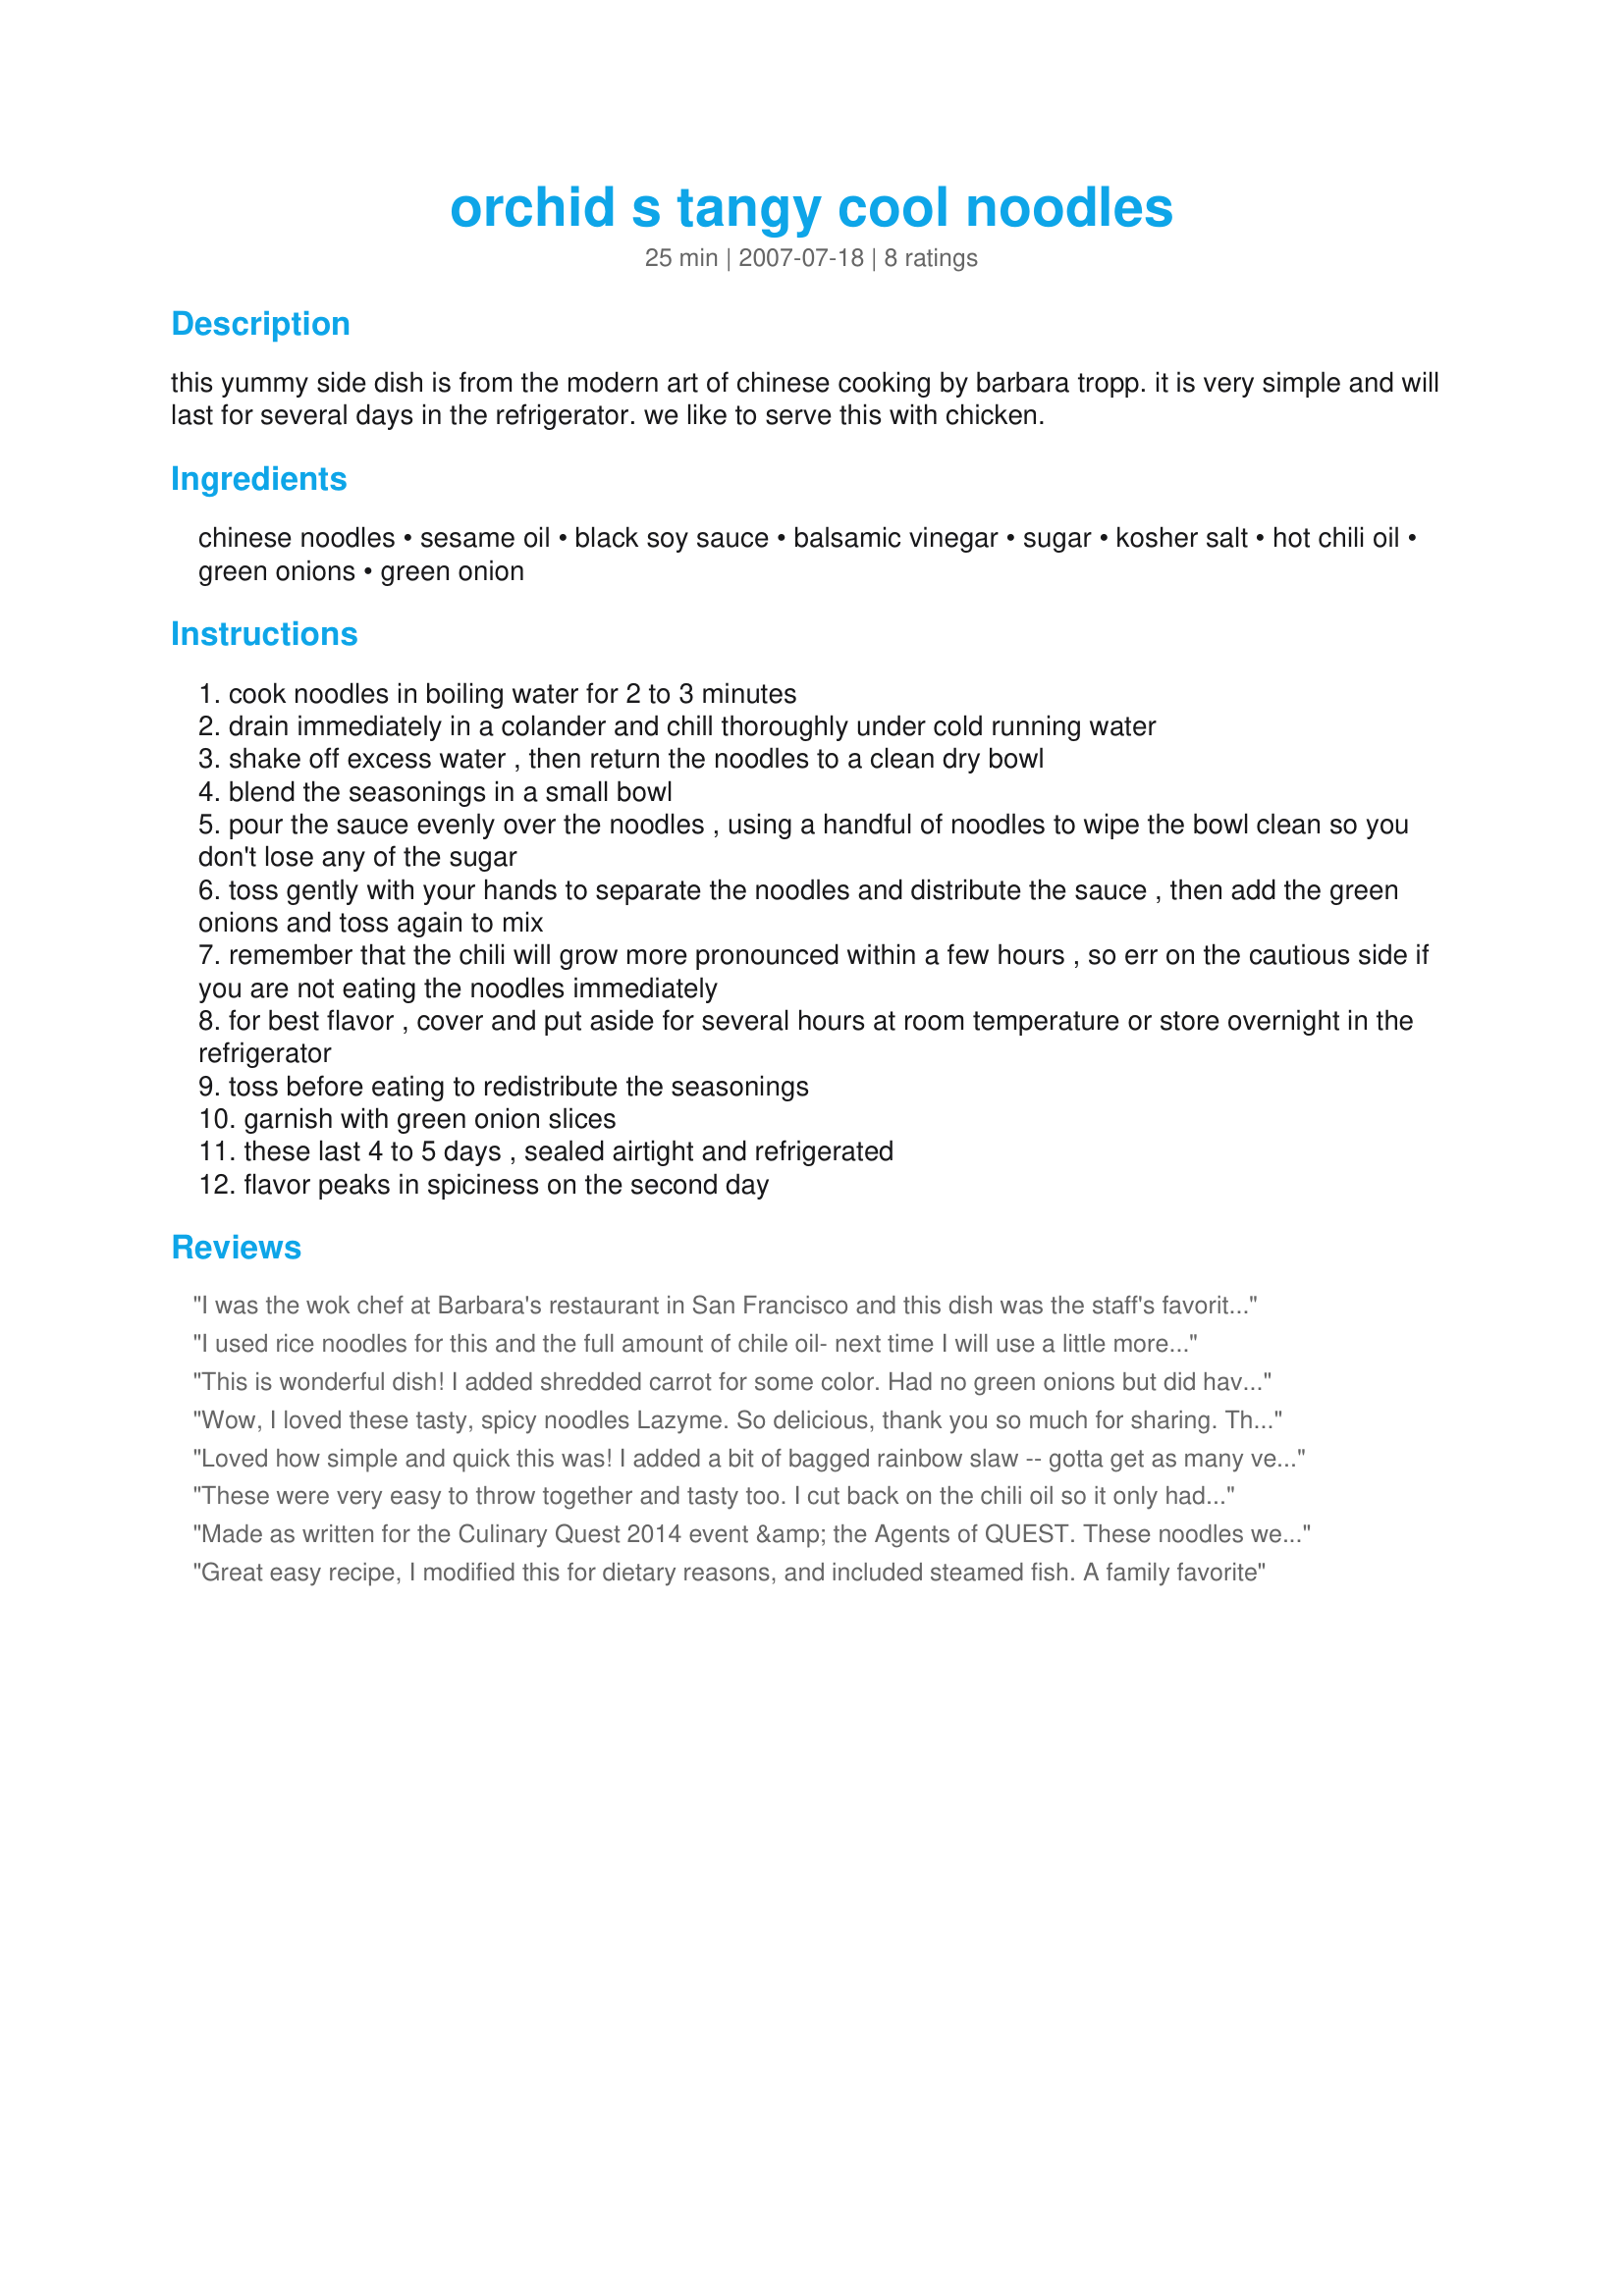
orchid s tangy cool noodles
Preparation time: 25 minutes

this yummy side dish is from the modern art of chinese cooking by barbara tropp. it is very simple and will last for several days in the refrigerator. we like to serve this with chicken.

Ingredients:
chinese noodles, sesame oil, black soy sauce, balsamic vinegar, sugar, kosher salt, hot chili oil, green onions, green onion

Steps:
cook noodles in boiling water for 2 to 3 minutes
drain immediately in a colander and chill thoroughly under cold running water
shake off excess water , then return the noodles to a clean dry bowl
blend the seasonings in a small bowl
pour the sauce evenly over the noodles , using a handful of noodles to wipe the bowl clean so you don't lose any of the sugar
toss gently with your hands to separate the noodles and distribute the sauce , then add the green onions and toss again to mix
remember that the chili will grow more pronounced within a few hours , so err on the cautious side if you are not eating the noodles immediately
for best flavor , cover and put aside for several hours at room temperature or store overnight in the refrigerator
toss before eating to redistribute the seasonings
garnish with green onion slices
these last 4 to 5 days , sealed airtight and refrigerated
flavor peaks in spiciness on the second day

Reviews:
I was the wok chef at Barbara's restaurant in San Francisco and this dish was the staff's favorite,hands down. To make it more of a compleste meal I add shredded chicken, julienne carrots, and peanuts. There are a lot of possible combinations, just don't over do it-it's about the noodles!
I used rice noodles for this and the full amount of chile oil- next time I will use a little more since we like things extra spicy. This is a great cold noodle salad to keep in the fridge for family members to snack on. I was a little worried that there was too much liquid but the noodles soaked it all up as they sat. A definite repeat in my house!
This is wonderful dish! I added shredded carrot for some color. Had no green onions but did have a bunch of chives in the spice garden. For the noodles I used soba noodles. I made the recipe early in the day and let the bowl blend on the counter until time for dinner. I kept &quot;tasting&quot; them throughout the afternoon, yum. As stated they were much better the next day! thank you for an easy and tasty recipe.
Wow, I loved these tasty, spicy noodles Lazyme. So delicious, thank you so much for sharing. These are my favorite type of noodles to eat, so glad that you shared this quick and easy to make recipe. I will be using this often in the years to come. One of my favorite dishes this round. Kudos my friend. Made for Culinary Quest 2014- suitcase gourmets.
Loved how simple and quick this was! I added a bit of bagged rainbow slaw -- gotta get as many veggies in as possible, lol. Definitely a keeper for those Asian food craving nights, thanks for posting! Made for Culinary Quest I
These were very easy to throw together and tasty too. I cut back on the chili oil so it only had a hint of spice for the kiddos (I made 3 servings and used maybe 1/2 tsp chili oil or a little more). Left the noodles on the counter for a few hours for the flavors to blend and served them at room temp. Perfect for a day when I'm home in the afternoon, then driving carpools, but need dinner ready and waiting when we get home. thanks lazyme!
Made as written for the Culinary Quest 2014 event &amp; the Agents of QUEST. These noodles were easy-to-fix, tasty &amp; perfect to accompany 2 varieties of Chinese chicken wings &amp; a carrot side-dish. I did add some barely-blanched snow peas I had on-hand as a pers pref because I favor using them to add color &amp; crunch. Thx for sharing this recipe w/us.
Great easy recipe, I modified this for dietary reasons, and included steamed fish. A family favorite
